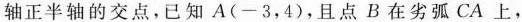
轴正半轴的交点，已知A(-3，4)，且点B在劣弧CA上，